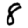
Digit: 8